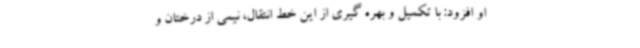
او افزود: با تکمیل و بهره گیری از این خط انتقال، نیمی از درختان و